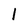
Character: 1